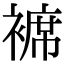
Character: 褯